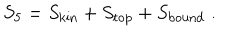
LaTeX: S _ { 5 } = S _ { \mathrm { k i n } } + S _ { \mathrm { t o p } } + S _ { \mathrm { b o u n d } } \; .